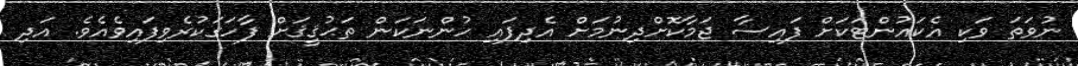
ނުވަތަ ވަކި އެކައުންޓަކަށް ފައިސާ ޖަމާކޮށްދިނުމަށް އެދިފައި ހުންނަކަން ތަޙުޤީޤަށް ފާހަގަކުރެވިފައިވެއެވެ. އަދި